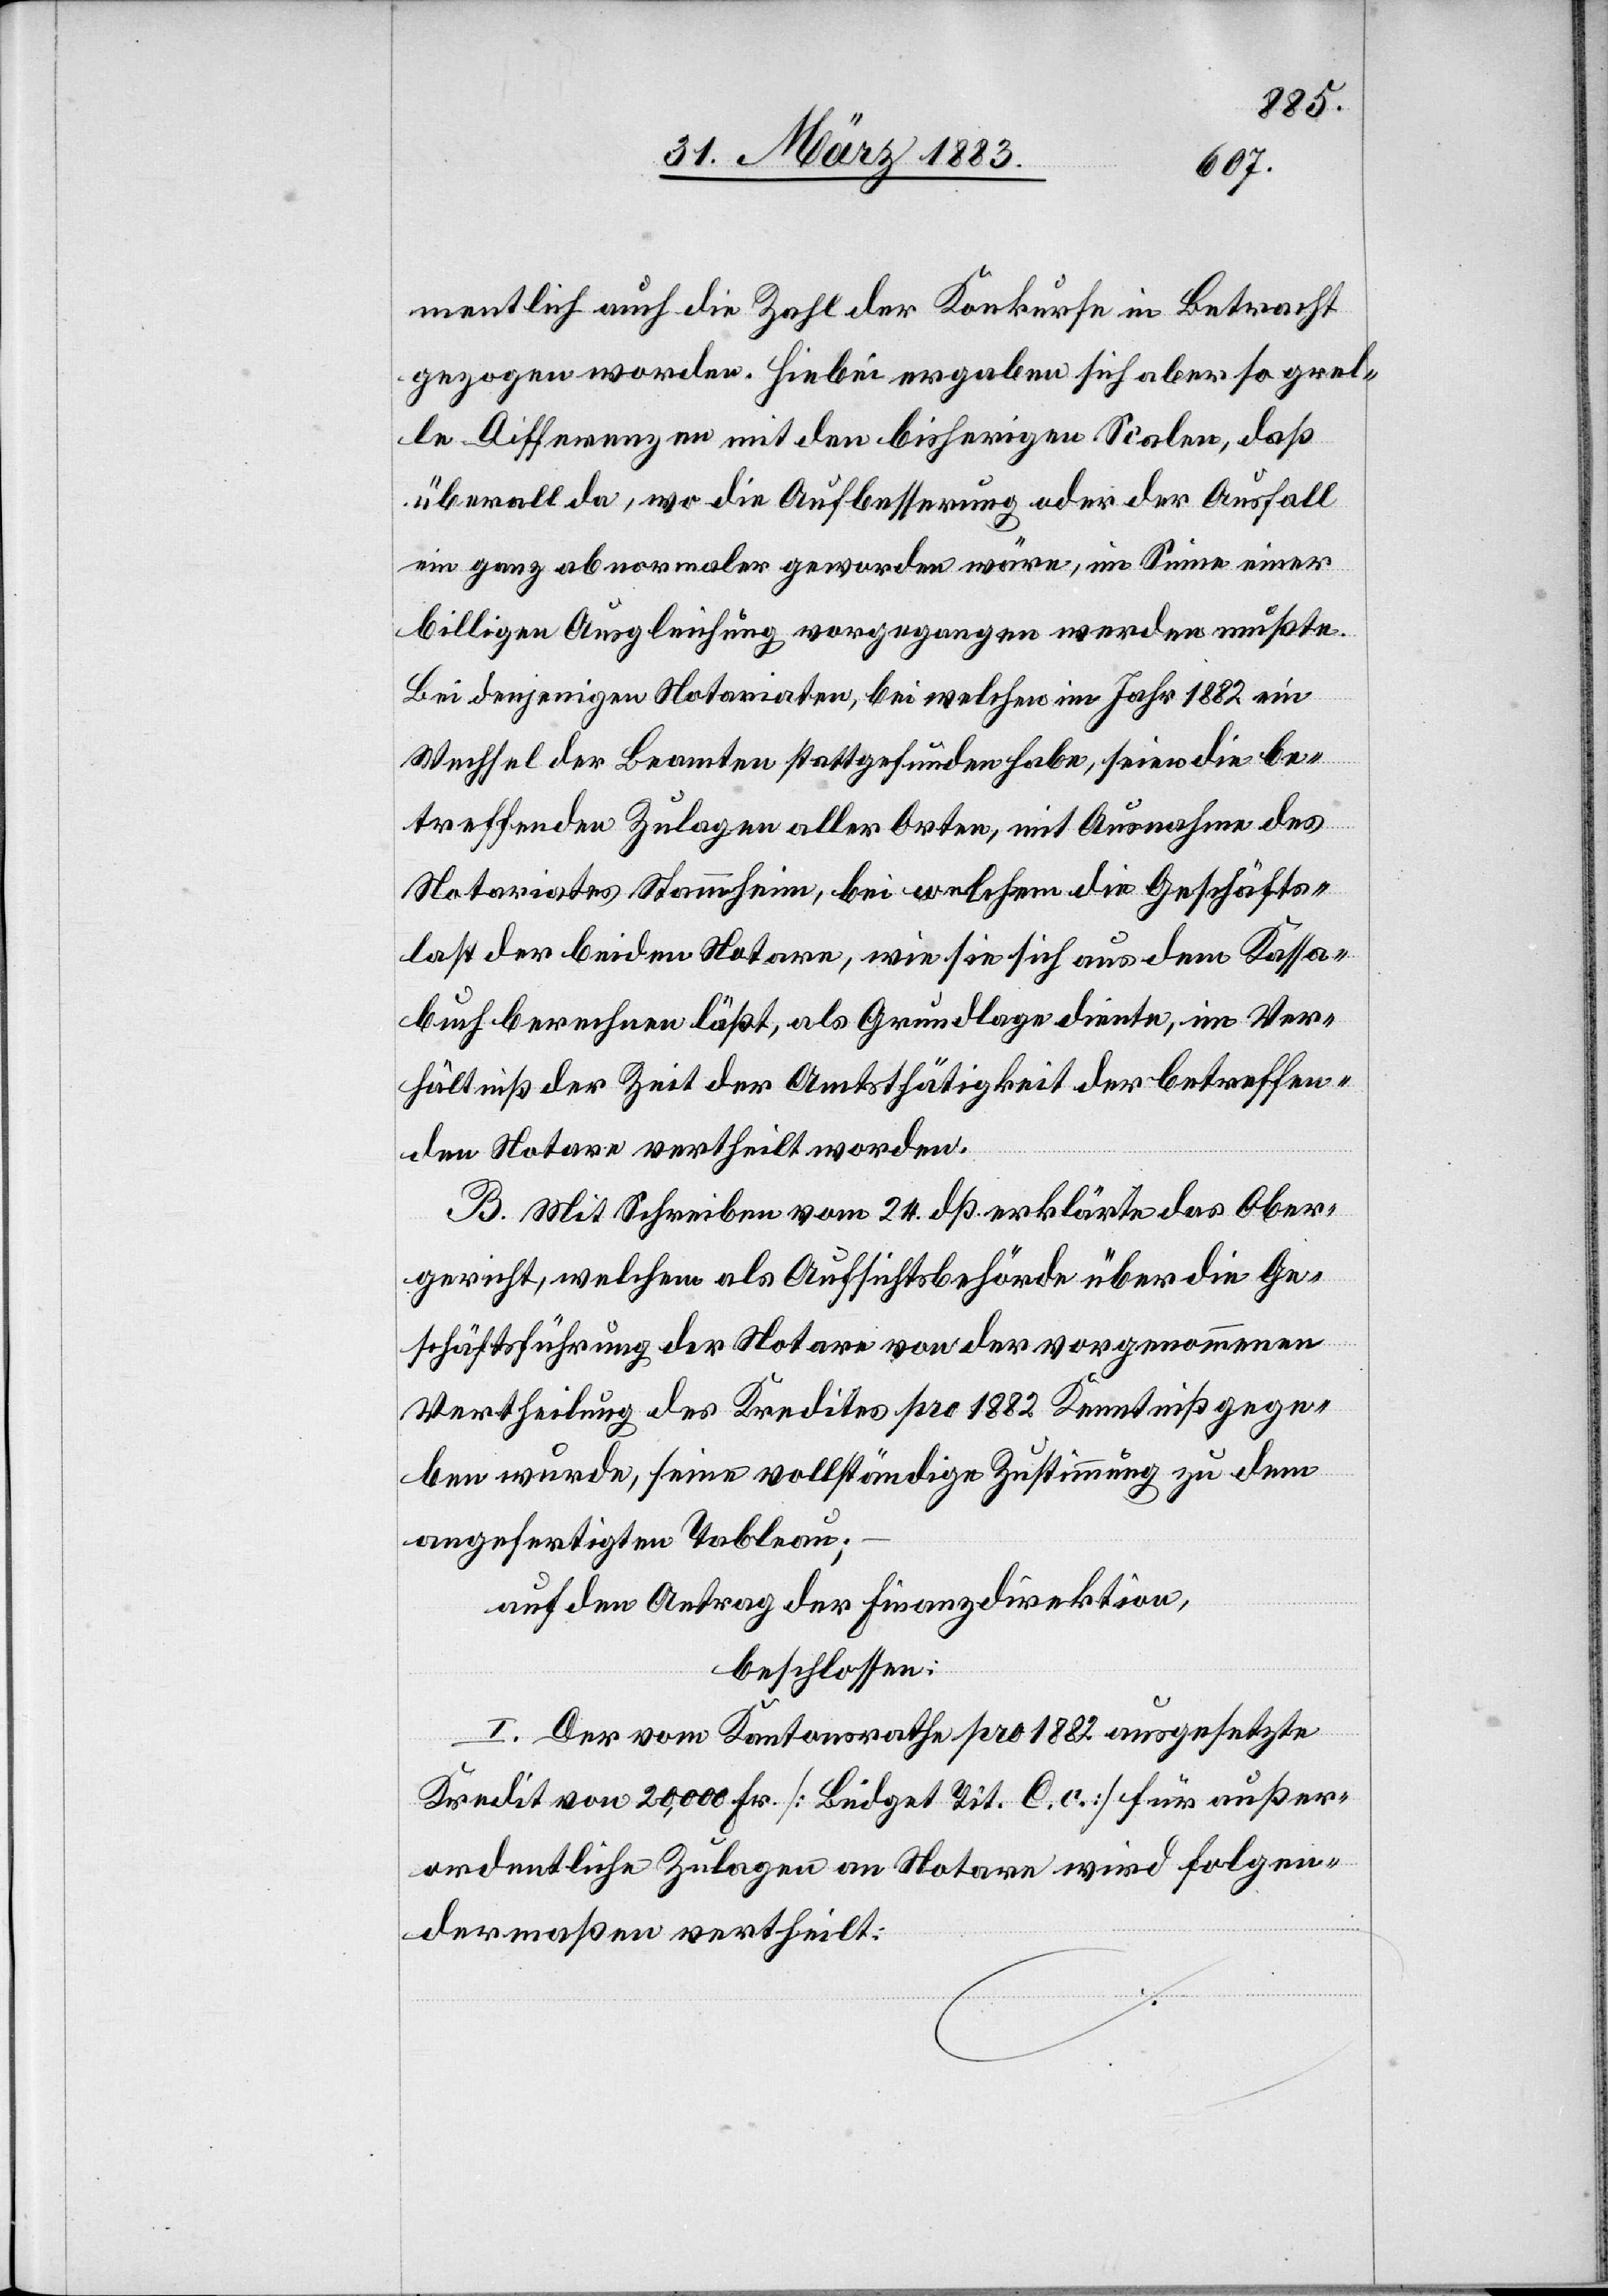
mentlich auch die Zahl der Konkurse in Betracht
gezogen worden. Hiebei ergaben sich aber so grel¬
le Differenzen mit den bisherigen Scalen, daß
überall da, wo die Aufbesserung oder der Ausfall
ein ganz abnormaler geworden wäre, im Sinne einer
billigen Ausgleichung vorgegangen werden mußte.
Bei denjenigen Notariaten, bei welchen im Jahr 1882 ein
Wechsel der Beamten stattgefunden habe, seien die be¬
treffenden Zulagen aller Orten, mit Ausnahme des
Notariates Stammheim, bei welchem die Geschäfts¬
last der beiden Notare, wie sie sich aus dem Kassa¬
buch berechnen läßt, als Grundlage diente, im Ver¬
hältniß der Zeit der Amtsthätigkeit der betreffen¬
den Notare vertheilt worden.
B. Mit Schreiben vom 24. dß. erklärte das Ober¬
gericht, welchem als Aufsichtsbehörde über die Ge¬
schäftsführung der Notare von der vorgenommenen
Vertheilung des Kredites pro 1882 Kenntniß gege¬
ben wurde, seine vollständige Zustimmung zu dem
angefertigten Tableau;
auf den Antrag der Finanzdirektion,
beschlossen:
I. Der vom Kantonsrathe pro 1882 ausgesetzte
Kredit von 20,000 Fr. [Büdget Tit. C. c.] für außer¬
ordentliche Zulagen an Notare wird folgen¬
dermaßen vertheilt: